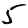
Digit: 5